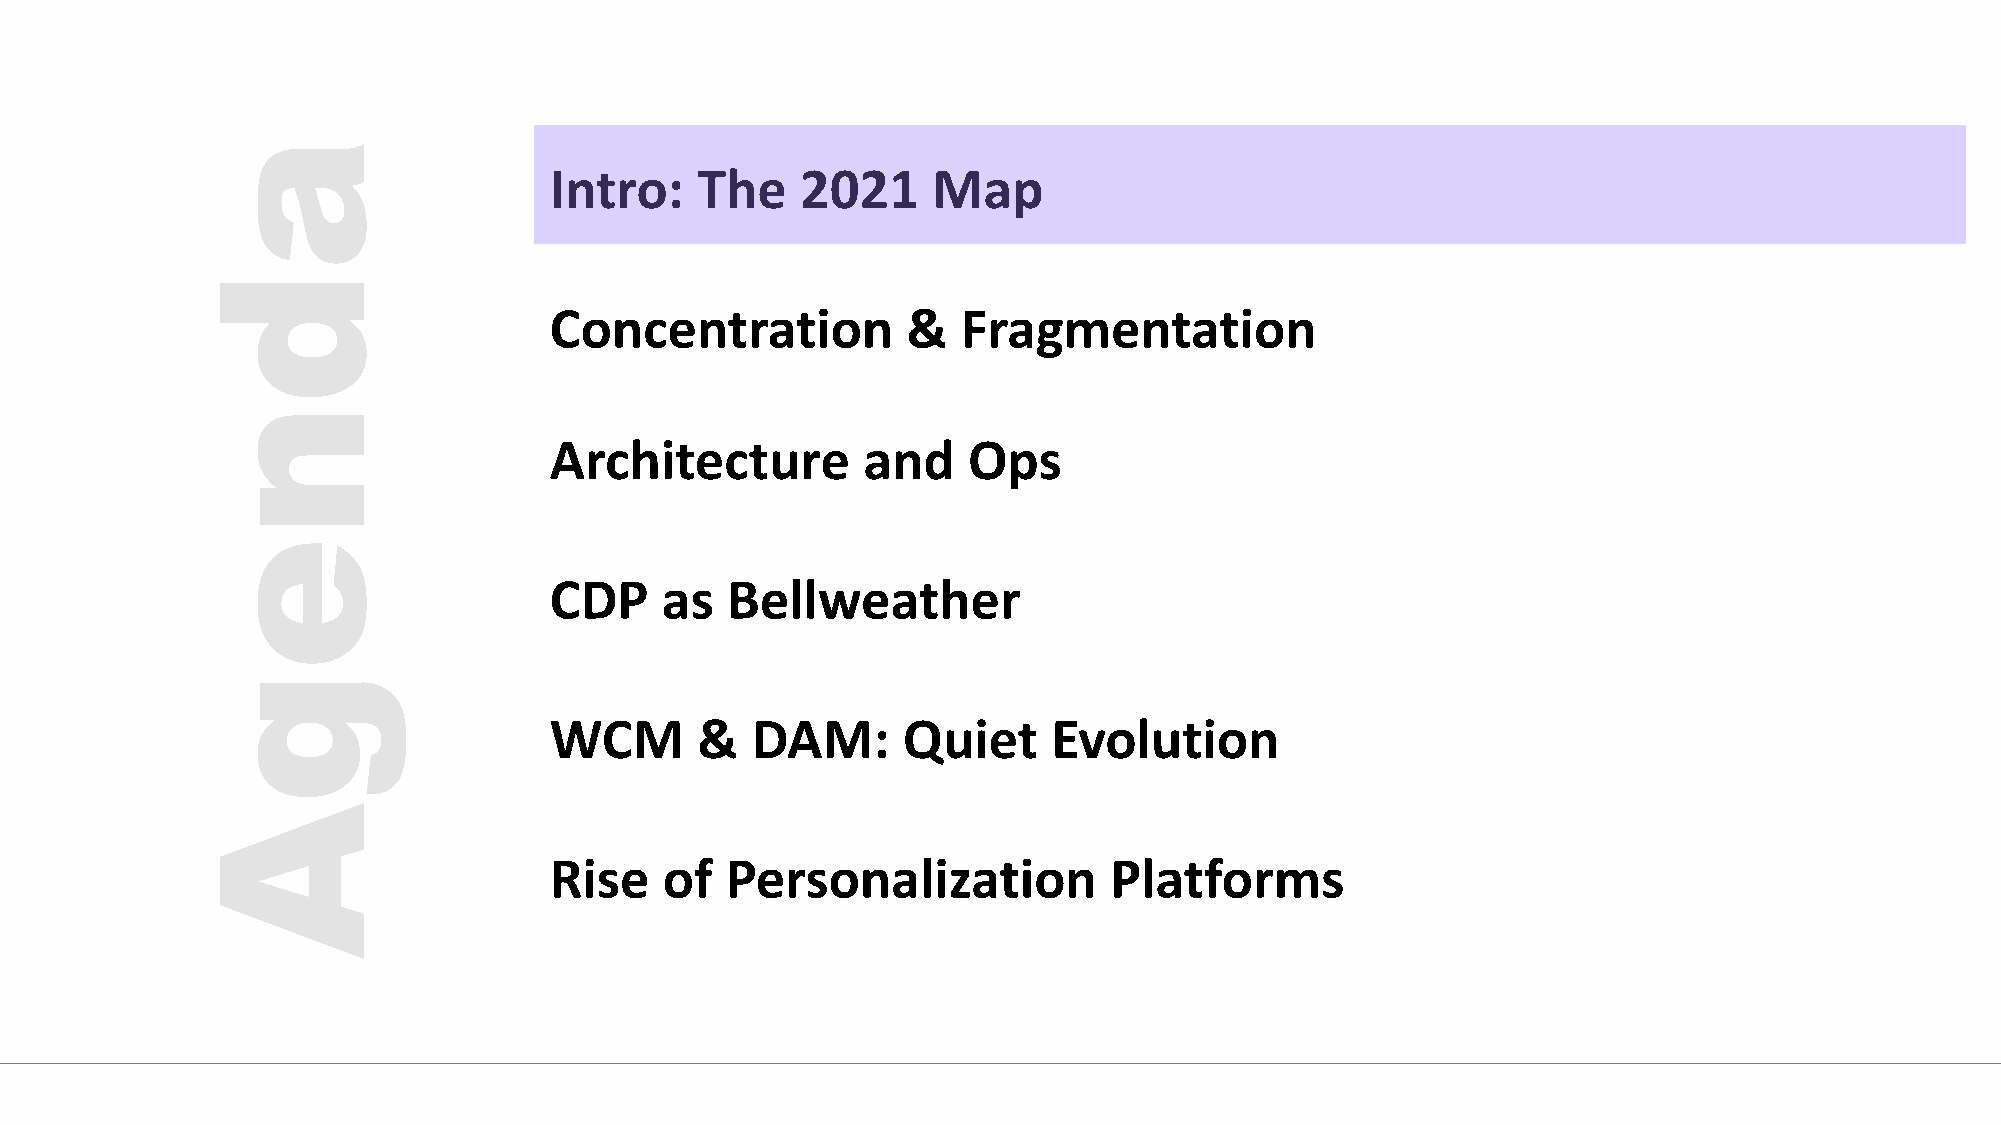
Intro:    The    2021     Map
 Concentration           &   Fragmentation
 Architecture         and    Ops
 CDP     as  Bellweather
 WCM       &   DAM:      Quiet     Evolution
 Rise    of  Personalization          Platforms